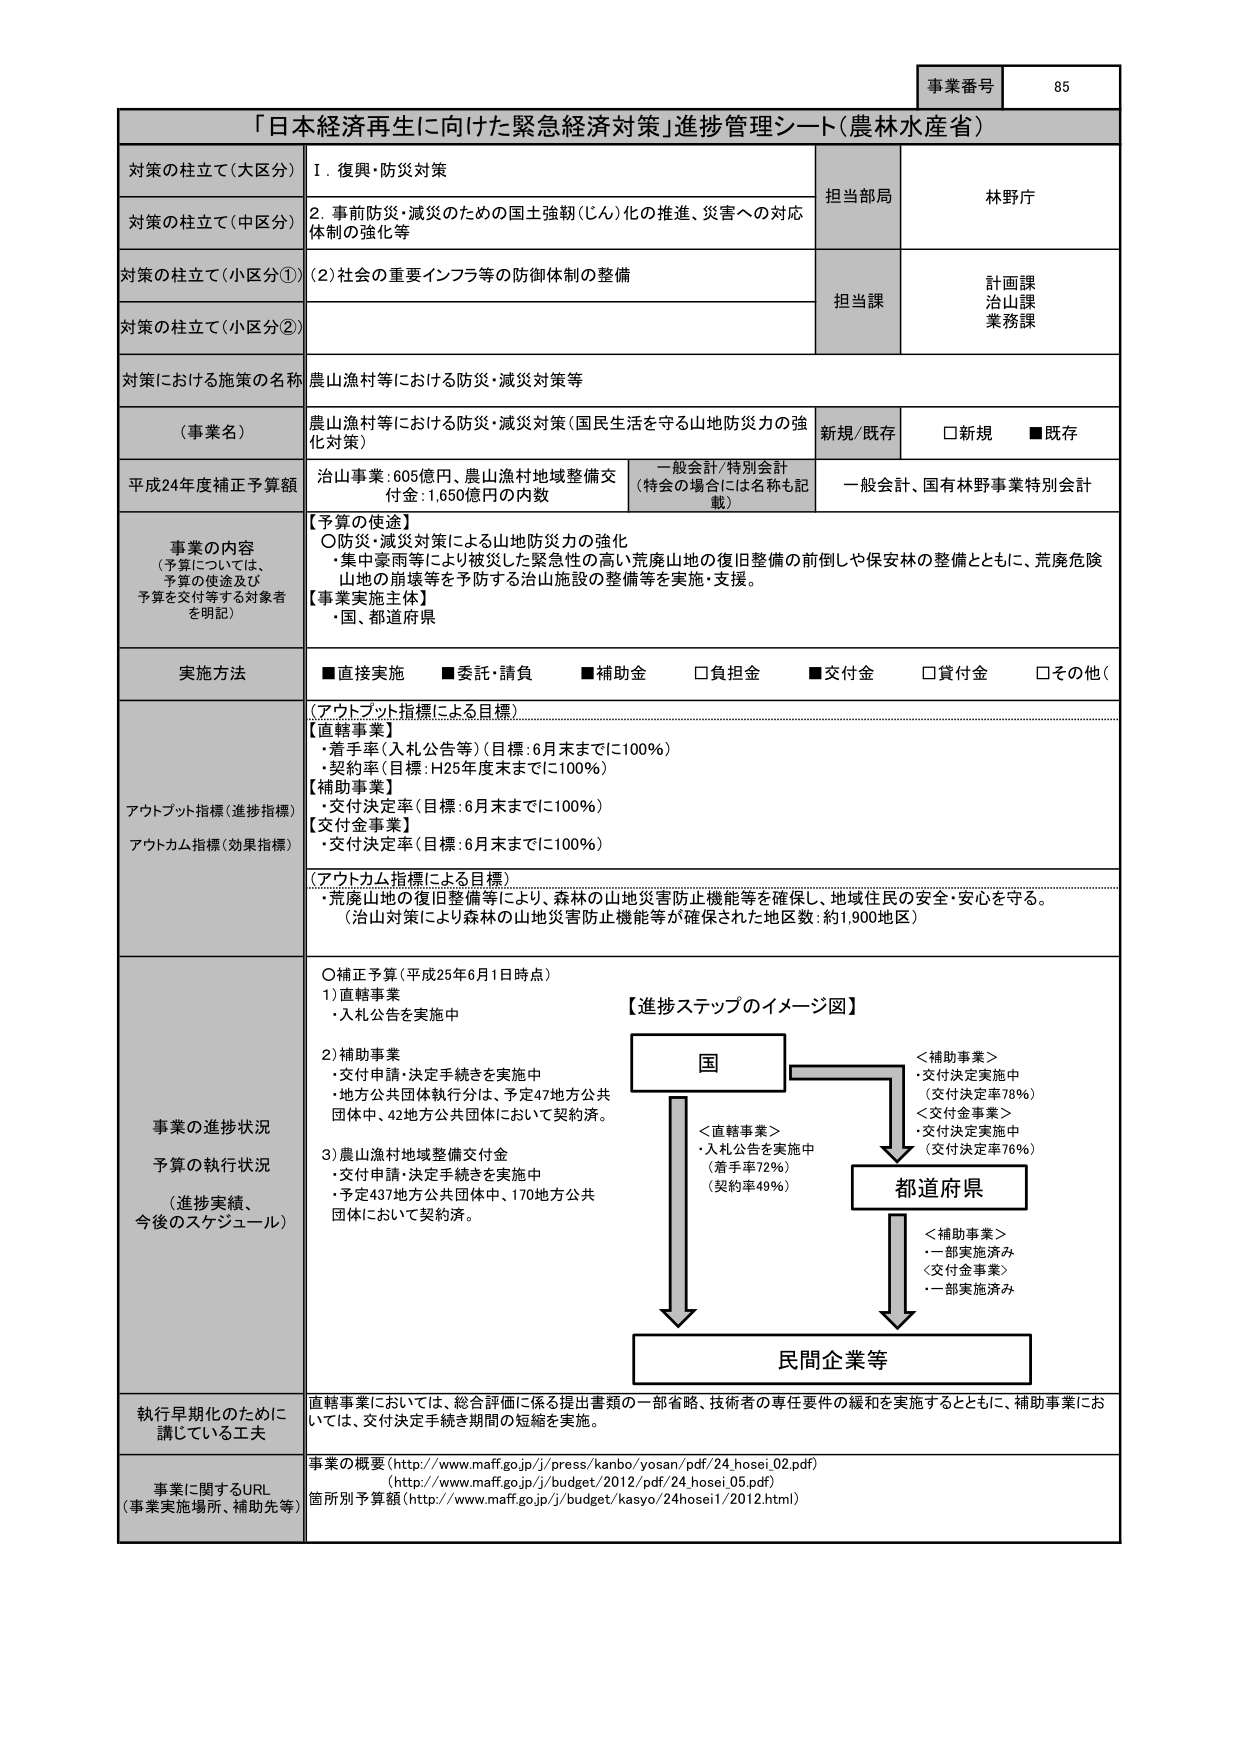
事業番号 85

「日本経済再生に向けた緊急経済対策」進捗管理シート（農林水産省）

対策の柱立て（大区分） I．復興・防災対策

対策の柱立て（中区分） 2．事前防災・減災のための国土強靭（じん）化の推進、災害への対応体制の強化等

対策の柱立て（小区分①） （2）社会の重要インフラ等の防御体制の整備

対策の柱立て（小区分②）

担当部局 林野庁

担当課 計画課 治山課 業務課

対策における施策の名称 農山漁村等における防災・減災対策等

（事業名） 農山漁村等における防災・減災対策（国民生活を守る山地防災力の強化対策）

新規/既存 □新規 ■既存

平成24年度補正予算額 治山事業：605億円、農山漁村地域整備交付金：1,650億円の内数 一般会計/特別会計 （特会の場合には名称も記載） 一般会計、国有林野事業特別会計

事業の内容 （予算については、予算の使途及び予算を交付等する対象者を明記） 【予算の使途】 ○防災・減災対策による山地防災力の強化 ・集中豪雨等により被災した緊急性の高い荒廃山地の復旧整備の前倒しや保安林の整備とともに、荒廃危険山地の崩壊等を予防する治山施設の整備等を実施・支援。 【事業実施主体】 ・国、都道府県

実施方法 ■直接実施 ■委託・請負 ■補助金 □負担金 ■交付金 □貸付金 □その他（

アウトプット指標（進捗指標） アウトカム指標（効果指標） （アウトプット指標による目標） 【直轄事業】 ・着手率（入札公告等）（目標：6月末までに100％） ・契約率（目標：H25年度末までに100％） 【補助事業】 ・交付決定率（目標：6月末までに100％） 【交付金事業】 ・交付決定率（目標：6月末までに100％） （アウトカム指標による目標） ・荒廃山地の復旧整備等により、森林の山地災害防止機能等を確保し、地域住民の安全・安心を守る。 （治山対策により森林の山地災害防止機能等が確保された地区数：約1,900地区）

事業の進捗状況 予算の執行状況 （進捗実績、今後のスケジュール） ○補正予算（平成25年6月1日時点） 1）直轄事業 ・入札公告を実施中 2）補助事業 ・交付申請・決定手続きを実施中 ・地方公共団体執行分は、予定47地方公共団体中、42地方公共団体において契約済。 3）農山漁村地域整備交付金 ・交付申請・決定手続きを実施中 ・予定437地方公共団体中、170地方公共団体において契約済。 【進捗ステップのイメージ図】 国 ＜補助事業＞ ・交付決定実施中 （交付決定率78％） ＜交付金事業＞ ・交付決定実施中 （交付決定率76％） 都道府県 ＜直轄事業＞ ・入札公告を実施中 （着手率72％） （契約率49％） ＜補助事業＞ ・一部実施済み ＜交付金事業＞ ・一部実施済み 民間企業等

執行早期化のために講じている工夫 直轄事業においては、総合評価に係る提出書類の一部省略、技術者の専任要件の緩和を実施するとともに、補助事業においては、交付決定手続き期間の短縮を実施。

事業に関するURL （事業実施場所、補助先等） 事業の概要（http://www.maff.go.jp/j/press/kanbo/yosan/pdf/24_hosei_02.pdf） （http://www.maff.go.jp/j/budget/2012/pdf/24_hosei_05.pdf） 箇所別予算額（http://www.maff.go.jp/j/budget/kasyo/24hosei1/2012.html）